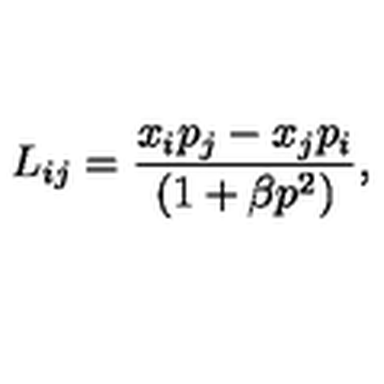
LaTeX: L _ { i j } = \frac { x _ { i } p _ { j } - x _ { j } p _ { i } } { ( 1 + \beta p ^ { 2 } ) } ,